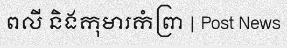
ពលី និងកុមារកំព្រា | Post News